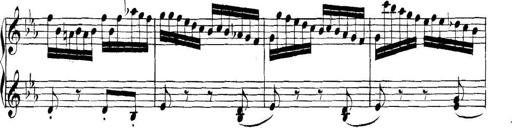
Title: Collected Piano Sonatas
Composer: Muzio Clementi